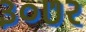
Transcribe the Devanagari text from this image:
३०७२